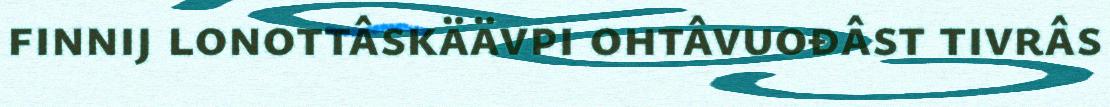
finnij lonottâskäävpi ohtâvuođâst tivrâs